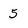
Character: 5